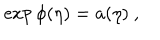
\exp { \phi ( \eta ) } = a ( \eta ) \ ,